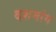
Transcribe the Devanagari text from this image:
दशमांग